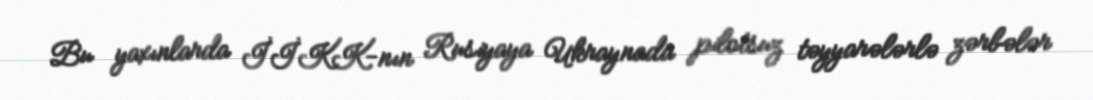
Bu yaxınlarda İİKK-nın Rusiyaya Ukraynada pilotsuz təyyarələrlə zərbələr